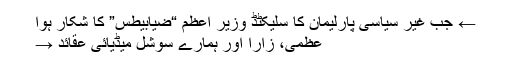
← جب غیر سیاسی پارلیمان کا سلیکٹڈ وزیر اعظم “ضیابیطس” کا شکار ہوا
عظمیٰ، زارا اور ہمارے سوشل میڈیائی عقائد →